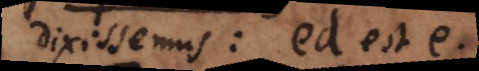
dixissemus: ed est e.